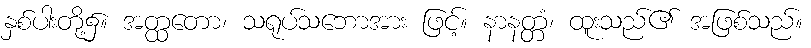
နှစ်ပါးတို့၌။ အတ္ထတော၊ သရုပ်သဘောအား ဖြင့်။ နာနတ္တံ၊ ထူးသည်၏ အဖြစ်သည်။